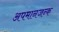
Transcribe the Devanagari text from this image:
अपमानजन्क